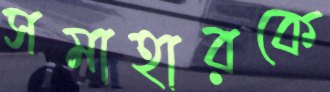
সমাহারকে